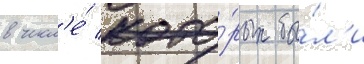
в числ'е́ кото́рых бы́л'и